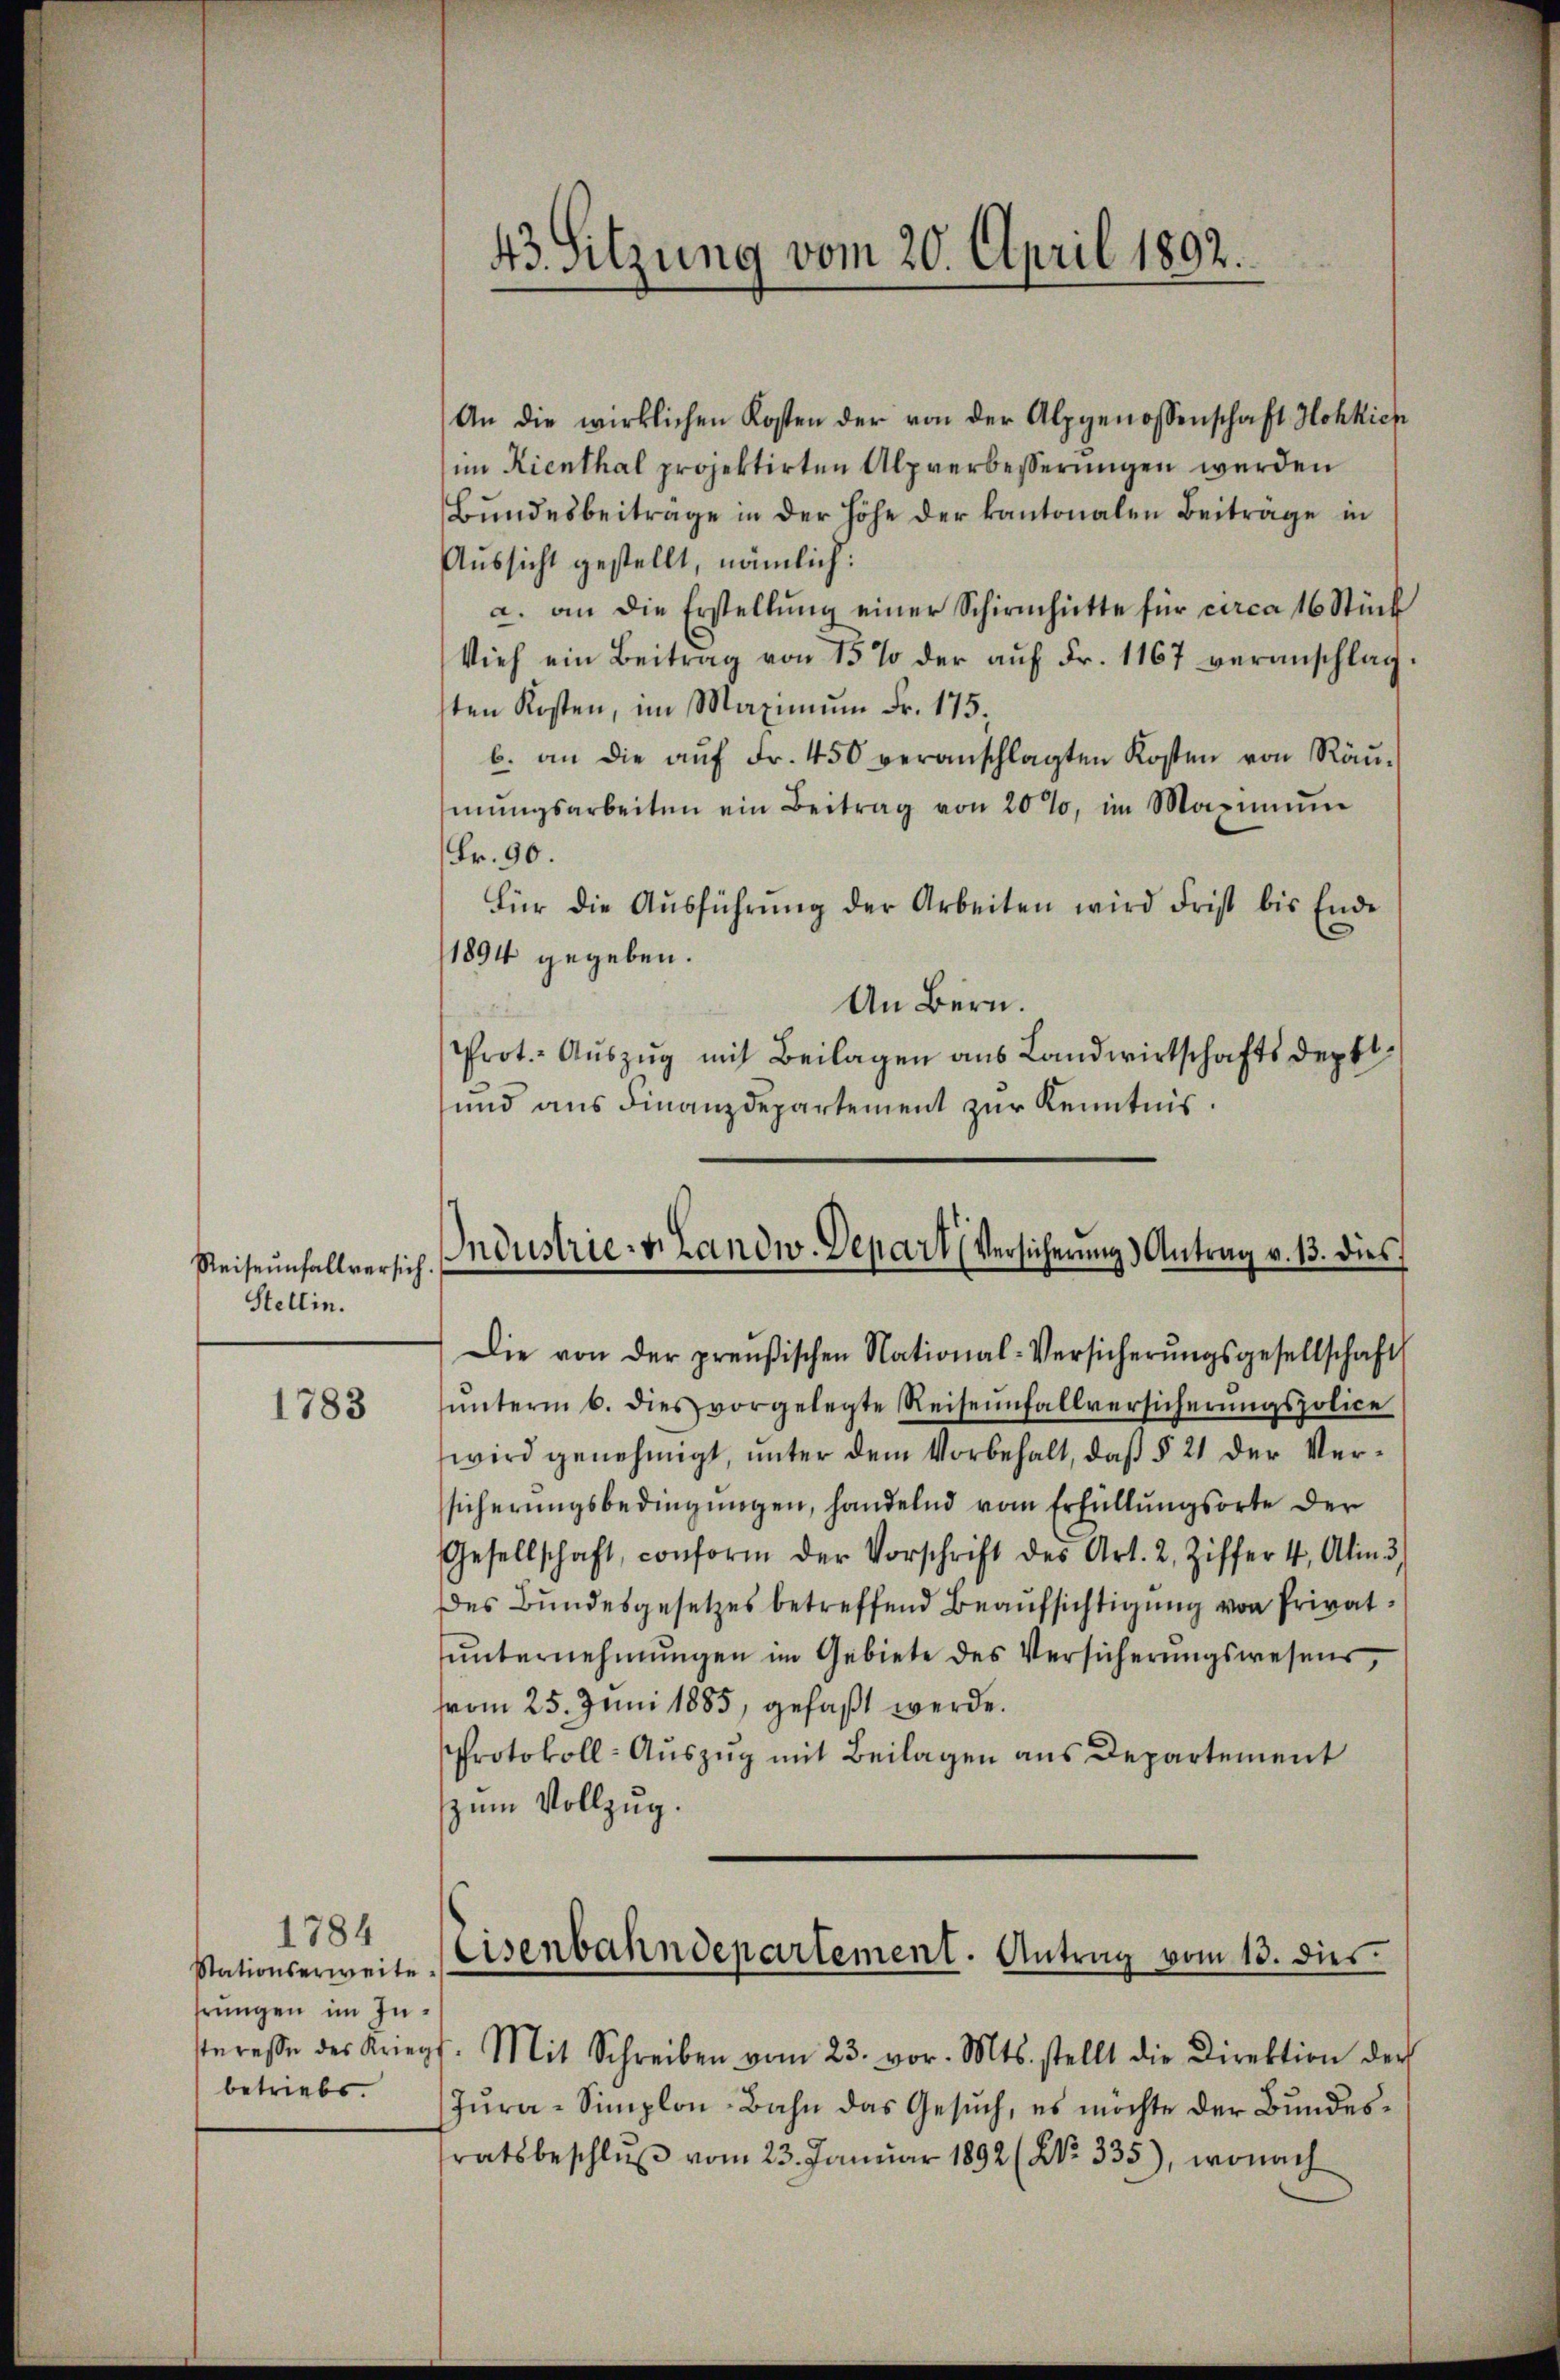
Reiseunfallversich
Stellin.

1783

1784
Stationserweite
hrungen im Insteresse des Krieg
betriebs.

43. Sitzung vom 20. April 1892.

An die wirklichen Kosten der von der Alpgenossenschaft Hohkich
im Kienthal projektirten Alpverbesserungen werden
Bŭndesbeitrage in der Höhe der kantonalen Beitrage in
Aussicht gestellt, nämlich:
a. an die Erstellŭng einer Schirmhütte für circa 16 Stück
Vieh ein Beitrag von 15% der aŭf Fr. 1167 veranschlag
sten Kosten, im Maximŭm Fr. 175.
b. an die aŭf Fr. 450 veranschlagten Kosten von Räŭ-
mŭngsarbeiten ein Beitrag von 20%, im Maximŭm
Fr. 90.
Für die Aŭsführŭng der Arbeiten wird Frist bis Ende
1894 gegeben.
An Bern.
Prot. Aŭszŭg mit Beilagen aus Landwirtschaftsdept¬
und aus Finanzdepartement zur Kenntnis.
Die von der preußischen National-Versicherŭngsgesellschaft
ŭnterm 6. dies vorgelegte Reiseinfallversicherŭngspolice
wird genehmigt, unter dem Vorbehalt, daß § 21 der Versicherungsbedingungen, handelnd vom Erfüllungsorte der
Gesellschaft, conform der Vorschrift des Art. 2. Ziffer 4, Alin 3)
des Bundesgesetzes betreffend Beaufsichtigung von Privatŭnternehmungen im Gebiete des Versicherungswesens,
vom 25. Juni 1885, gefaßt werde.
Protokoll-Auszug mit Beilagen aus Departement
zum Vollzug.
t. Mit Schreiben vom 23. vor. Mts. stellt die Direktion der
Zŭra-Simplon-Bahn das Gesuch, es möchte der Bundesstratsbeschlŭβ vom 23. Januar 1892 (No. 335), wonach

Industrie-Landw. Depart (Versicherung) Antrag v. 13. dies

Eisenbahndepartement. Antrag vom 13. dies